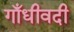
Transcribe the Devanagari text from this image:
गाँधीवदी